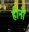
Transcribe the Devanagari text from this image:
हीनों